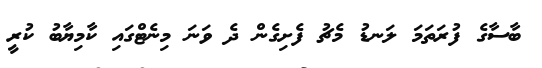
ބާސާގެ ފުރަތަމަ ލަނޑު މެޗު ފެށިގެން ދެ ވަނަ މިނެޓްގައި ކާމިޔާބު ކުރީ